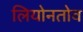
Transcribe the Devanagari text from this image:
लियोनतोव